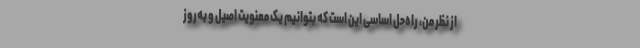
از نظر من، راه‌حل اساسی این است که بتوانیم یک معنویت اصیل و به‌روز